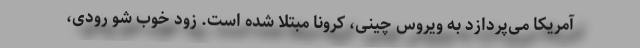
آمریکا می‌پردازد به ویروس چینی، کرونا مبتلا شده است. زود خوب شو رودی،